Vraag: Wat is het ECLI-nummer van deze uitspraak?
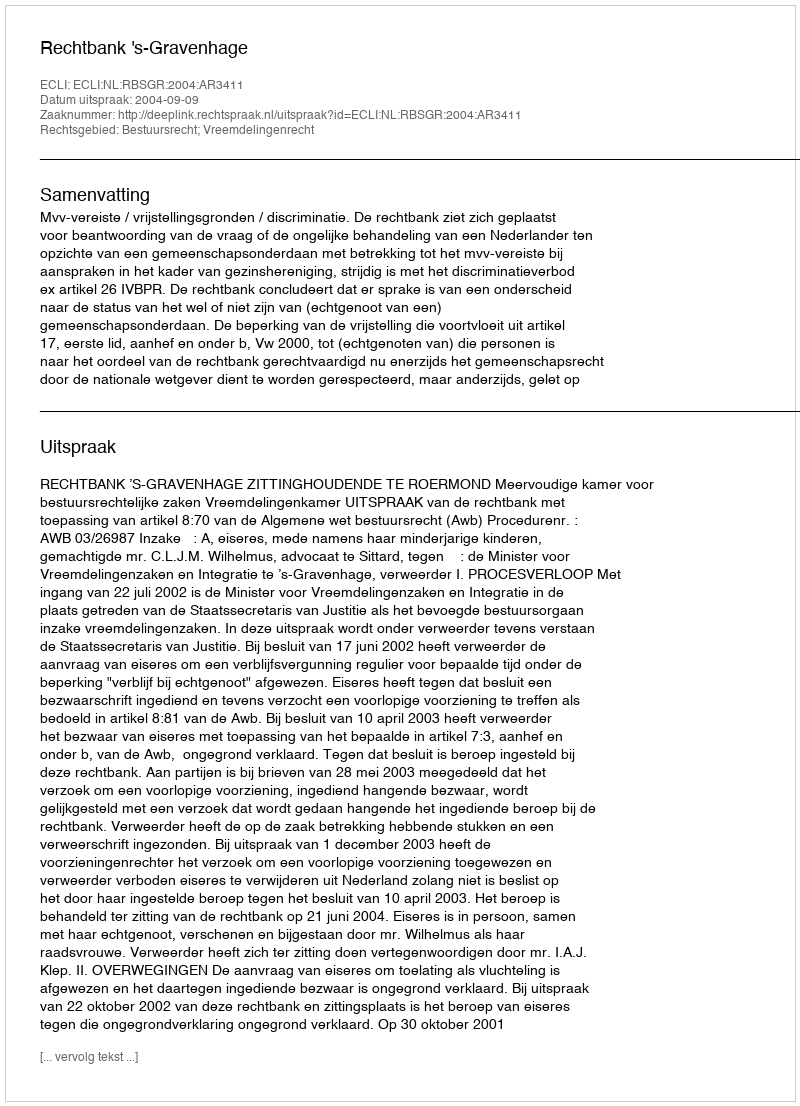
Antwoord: ECLI:NL:RBSGR:2004:AR3411